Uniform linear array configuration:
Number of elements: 48
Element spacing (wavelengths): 0.5
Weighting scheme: hann
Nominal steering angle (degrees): -30
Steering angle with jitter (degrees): -31.042
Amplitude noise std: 0.05
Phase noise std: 0.05

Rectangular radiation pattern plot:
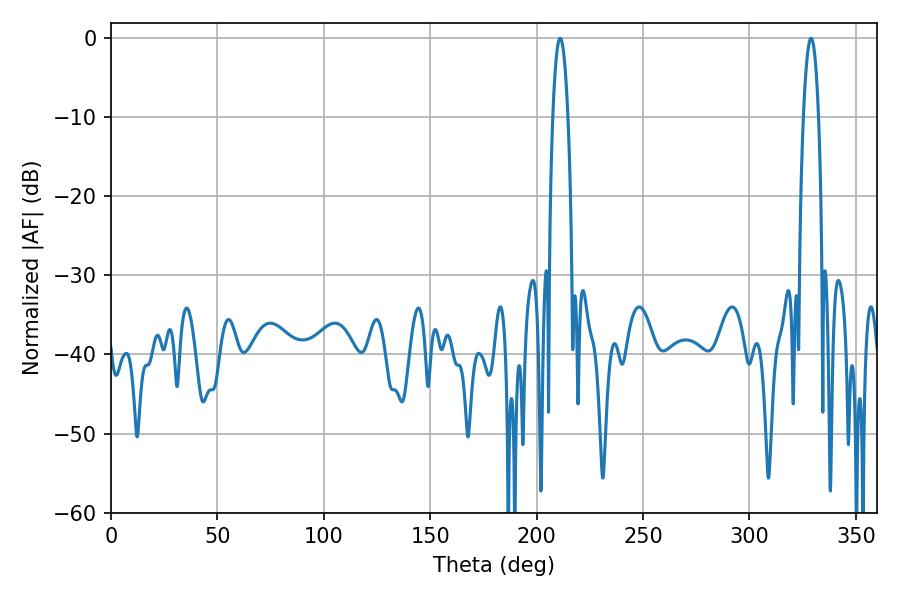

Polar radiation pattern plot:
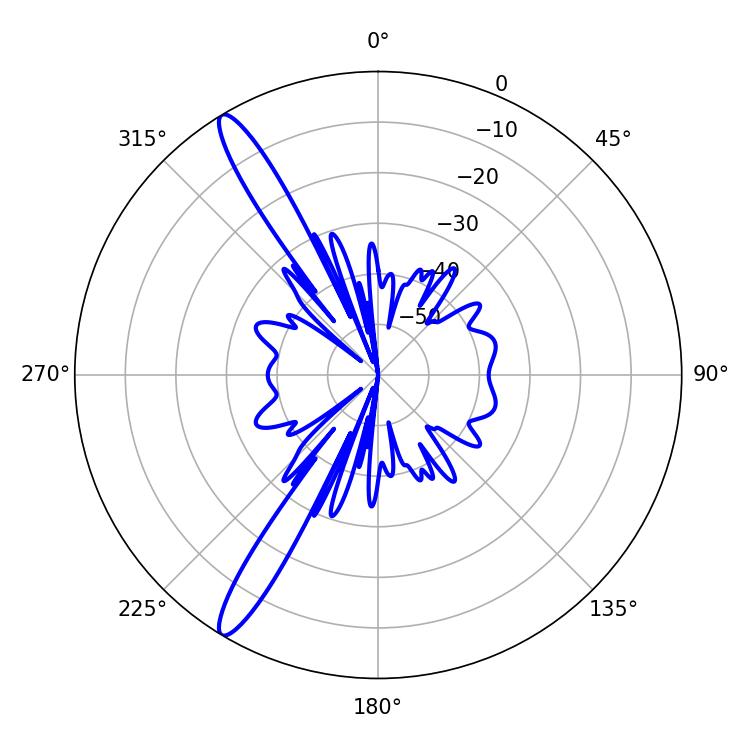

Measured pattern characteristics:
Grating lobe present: FALSE
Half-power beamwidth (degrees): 3.96
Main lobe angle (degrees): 211.14